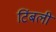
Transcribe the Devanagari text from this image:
टिंबली